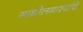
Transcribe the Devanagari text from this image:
गांधीलमाश्यांचे